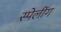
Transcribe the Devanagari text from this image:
स्पेलींग